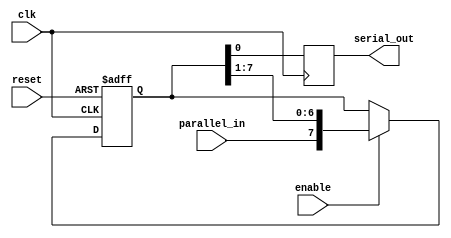
module piso_shift_register (
    input wire clk,
    input wire reset,
    input wire enable,
    input wire parallel_in,
    output reg serial_out
);

reg [7:0] data_reg; // 8-bit shift register

always @(posedge clk or posedge reset) begin
    if (reset) begin
        data_reg <= 8'b0; // Reset the register to 0
    end else if (enable) begin
        data_reg <= {parallel_in, data_reg[7:1]}; // Shift in parallel data
    end
end

always @(posedge clk) begin
    serial_out <= data_reg[0]; // Output the serial data
end

endmodule